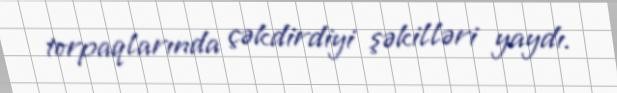
torpaqlarında çəkdirdiyi şəkilləri yaydı.